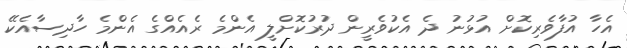
އެހާ އުފާވެރިކޮށް އުޅުނު ދެ އެކުވެރީން ދުރުކޮށްލީ އެންމެ ރެއެއްގެ އެންމެ ހާދިސާއެކޭ